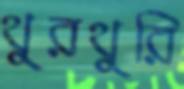
থুরথুরি